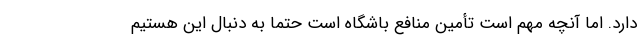
دارد. اما آنچه مهم است تأمین منافع باشگاه است حتما به دنبال این هستیم